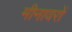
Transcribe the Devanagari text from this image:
मीनावरों